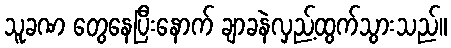
သူခဏ တွေနေပြီးနောက် ချာခနဲလှည့်ထွက်သွားသည်။